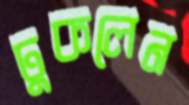
ঢুকলেন